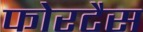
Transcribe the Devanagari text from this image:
फोरटैस